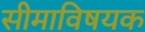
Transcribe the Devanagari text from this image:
सीमाविषयक